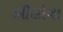
ભીલોના